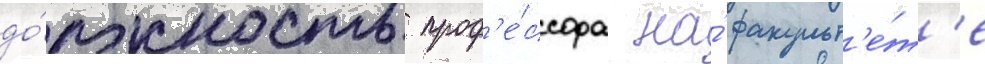
до́лжность проф'е́ссора на́ факульт'е́т'е